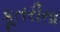
કૂતરીના